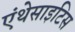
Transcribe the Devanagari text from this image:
एंथेसाइटिस